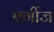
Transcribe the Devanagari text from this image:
बर्गीज